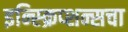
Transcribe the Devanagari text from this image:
इन्स्क्रिप्शन्सचा